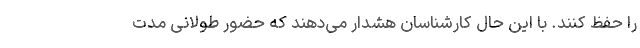
را حفظ کنند. با این حال کارشناسان هشدار می‌دهند که حضور طولانی مدت